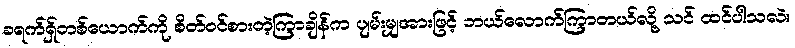
ခရက်ရှ်တစ်ယောက်ကို စိတ်ဝင်စားတဲ့ကြာချိန်က ပျမ်းမျှအားဖြင့် ဘယ်လောက်ကြာတယ်လို့ သင် ထင်ပါသလဲ။